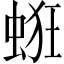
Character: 𧋵